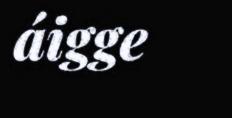
áigge